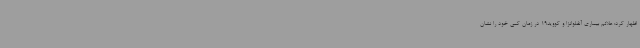
اظهار کرد: علائم بیماری آنفلوانزا و کووید19 در زمان کمی خود را نشان